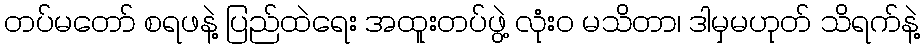
တပ်မတော် စရဖနဲ့ ပြည်ထဲရေး အထူးတပ်ဖွဲ့ လုံးဝ မသိတာ၊ ဒါမှမဟုတ် သိရက်နဲ့